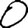
Digit: 0